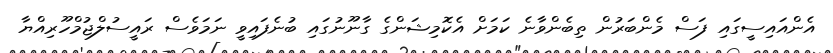
އެންއައިސީގައި ފަސް މެންބަރުން ތިބެންވާނެ ކަމަށް އެކޮމިޝަންގެ ގާނޫނުގައި ބުނެފައިވީ ނަމަވެސް ރައީސުލްޖުމްހޫރިއްޔާ